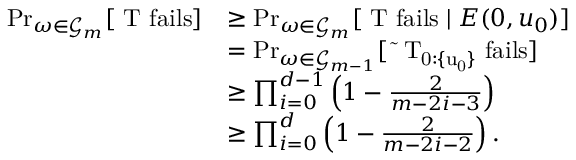
\begin{array} { r l } { \operatorname* { P r } _ { \omega \in \mathcal { G } _ { m } } [ \mathrm { ~ T ~ f a i l s } ] } & { \geq \operatorname* { P r } _ { \omega \in \mathcal { G } _ { m } } [ \mathrm { ~ T ~ f a i l s } \mid E ( 0 , u _ { 0 } ) ] } \\ & { = \operatorname* { P r } _ { \omega \in \mathcal { G } _ { m - 1 } } [ \mathrm { ~ \tilde { ~ } T _ { 0 : \{ u _ 0 \} } ~ f a i l s } ] } \\ & { \geq \prod _ { i = 0 } ^ { d - 1 } \left( 1 - \frac { 2 } { m - 2 i - 3 } \right) } \\ & { \geq \prod _ { i = 0 } ^ { d } \left( 1 - \frac { 2 } { m - 2 i - 2 } \right) . } \end{array}